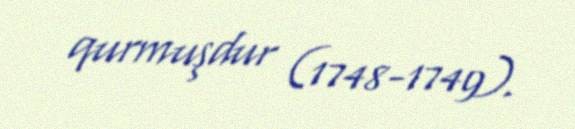
qurmuşdur (1748-1749).